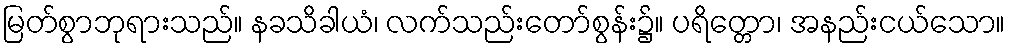
မြတ်စွာဘုရားသည်။ နခသိခါယံ၊ လက်သည်းတော်စွန်း၌။ ပရိတ္တော၊ အနည်းငယ်သော။